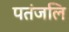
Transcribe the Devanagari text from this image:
पतंजलि